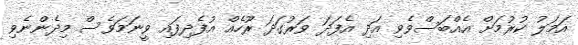
އަމަލު ކުރުމަށް އެއްބަސްވެވި އަދި އެފަދަ ވަރުގަދަ ރޫހެއް އުފެދިފައި ވީނަމަވެސް މިދެންނެވި